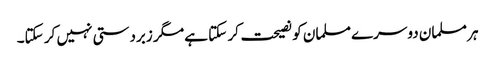
ہر مسلمان دوسرے مسلمان کو نصیحت کر سکتا ہے مگر زبردستی نہیں کر سکتا۔